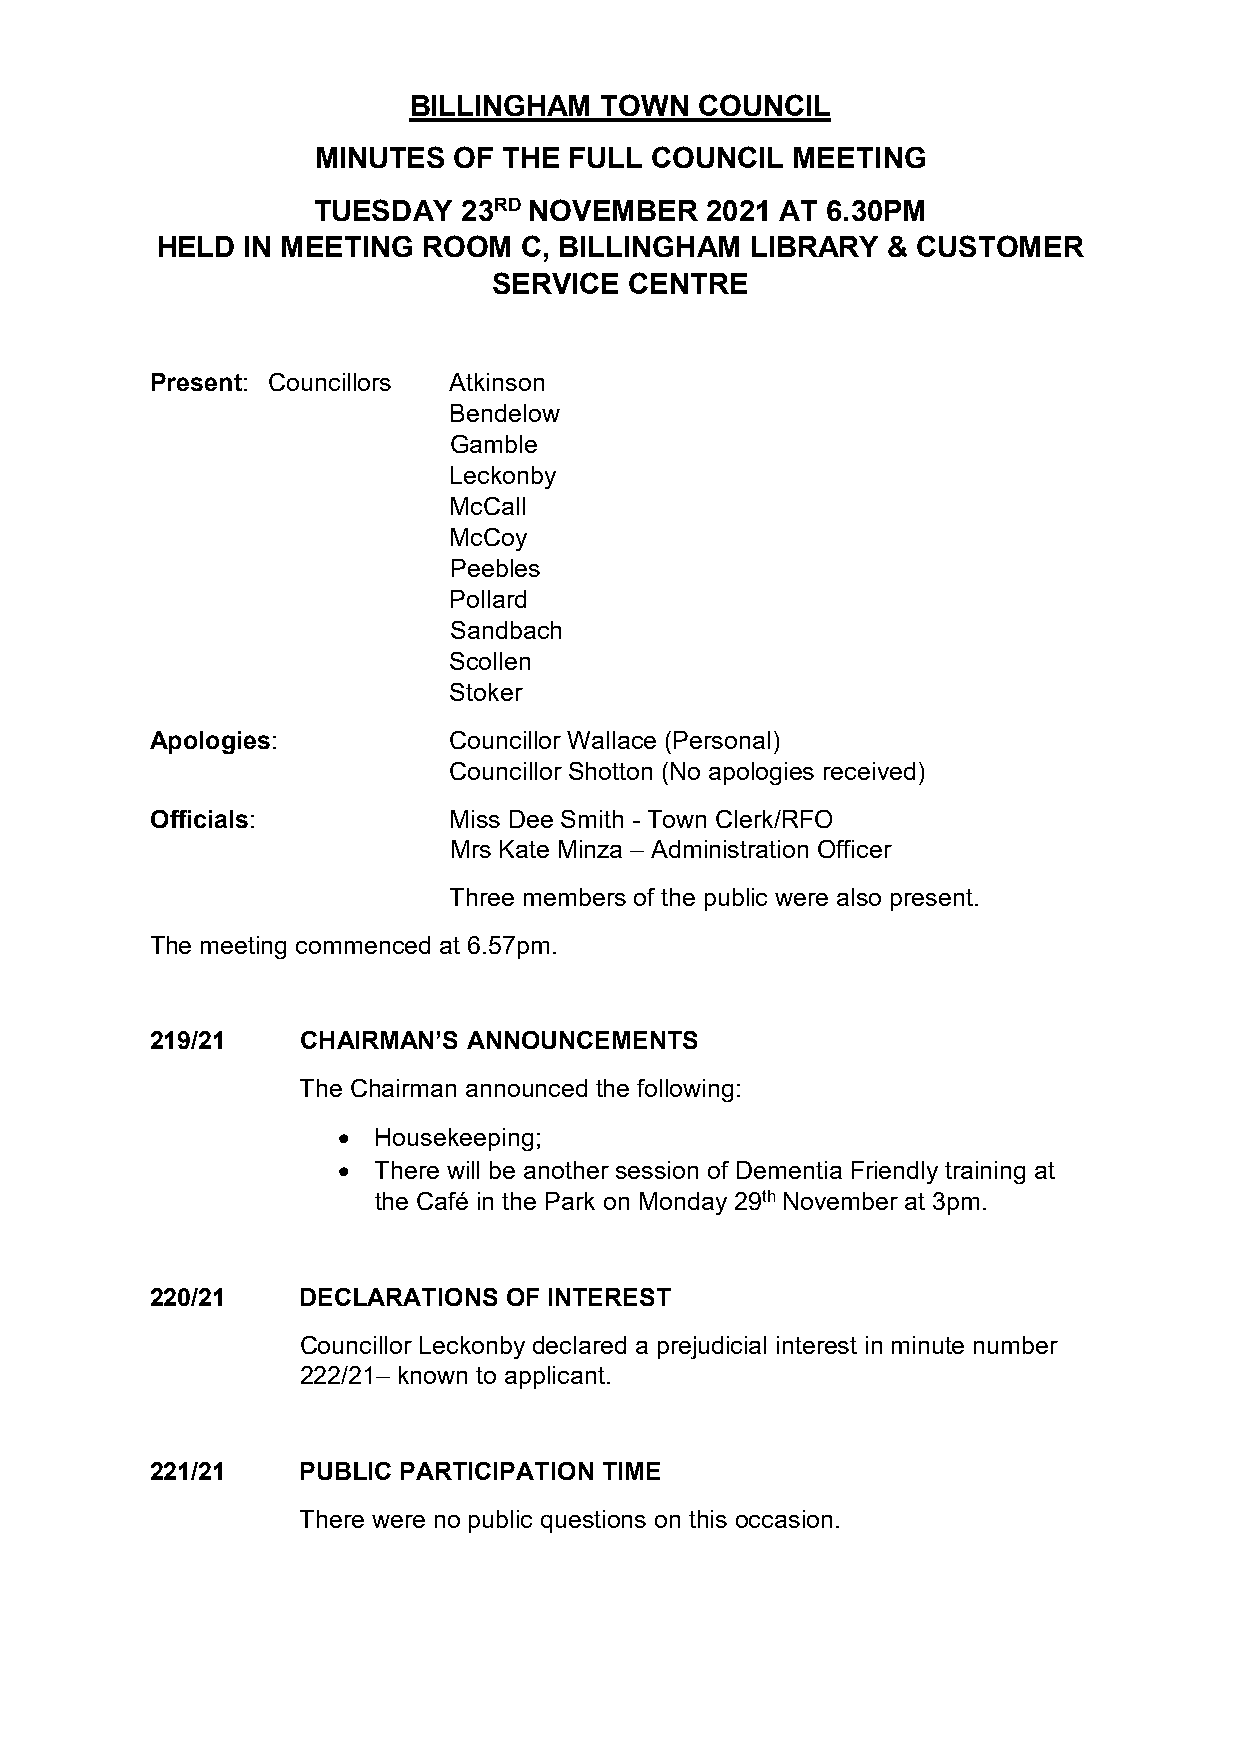
BILLINGHAM   TOWN  COUNCIL
 MINUTES  OF THE  FULL COUNCIL  MEETING
 TUESDAY   23RD NOVEMBER   2021 AT 6.30PM
 HELD  IN MEETING  ROOM   C, BILLINGHAM  LIBRARY  & CUSTOMER
 SERVICE  CENTRE
 Present: Councillors Atkinson
 Bendelow
 Gamble
 Leckonby
 McCall
 McCoy
 Peebles
 Pollard
 Sandbach
 Scollen
 Stoker
 Apologies:          Councillor Wallace (Personal)
 Councillor Shotton (No apologies received)
 Officials:          Miss Dee Smith - Town Clerk/RFO
 Mrs Kate Minza – Administration Officer
 Three members of the public were also present.
 The meeting commenced at 6.57pm.
 219/21    CHAIRMAN’S ANNOUNCEMENTS
 The Chairman announced the following:
   Housekeeping;
   There will be another session of Dementia Friendly training at
 the Café in the Park on Monday 29th November at 3pm.
 220/21    DECLARATIONS OF INTEREST
 Councillor Leckonby declared a prejudicial interest in minute number
 222/21– known to applicant.
 221/21    PUBLIC PARTICIPATION TIME
 There were no public questions on this occasion.